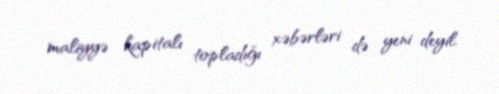
maliyyə kapitalı topladığı xəbərləri də yeni deyil.